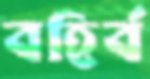
বহির্ব